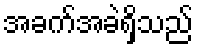
အခက်အခဲရှိသည်